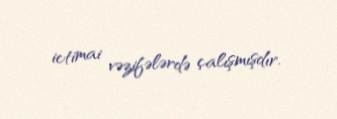
ictimai vəzifələrdə çalışmışdır.